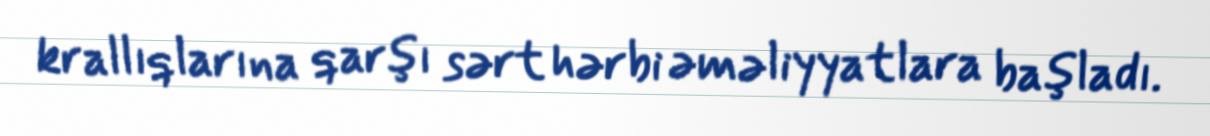
krallıqlarına qarşı sərt hərbi əməliyyatlara başladı.